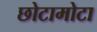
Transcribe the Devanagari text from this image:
छोटामोटा